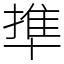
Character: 㔼